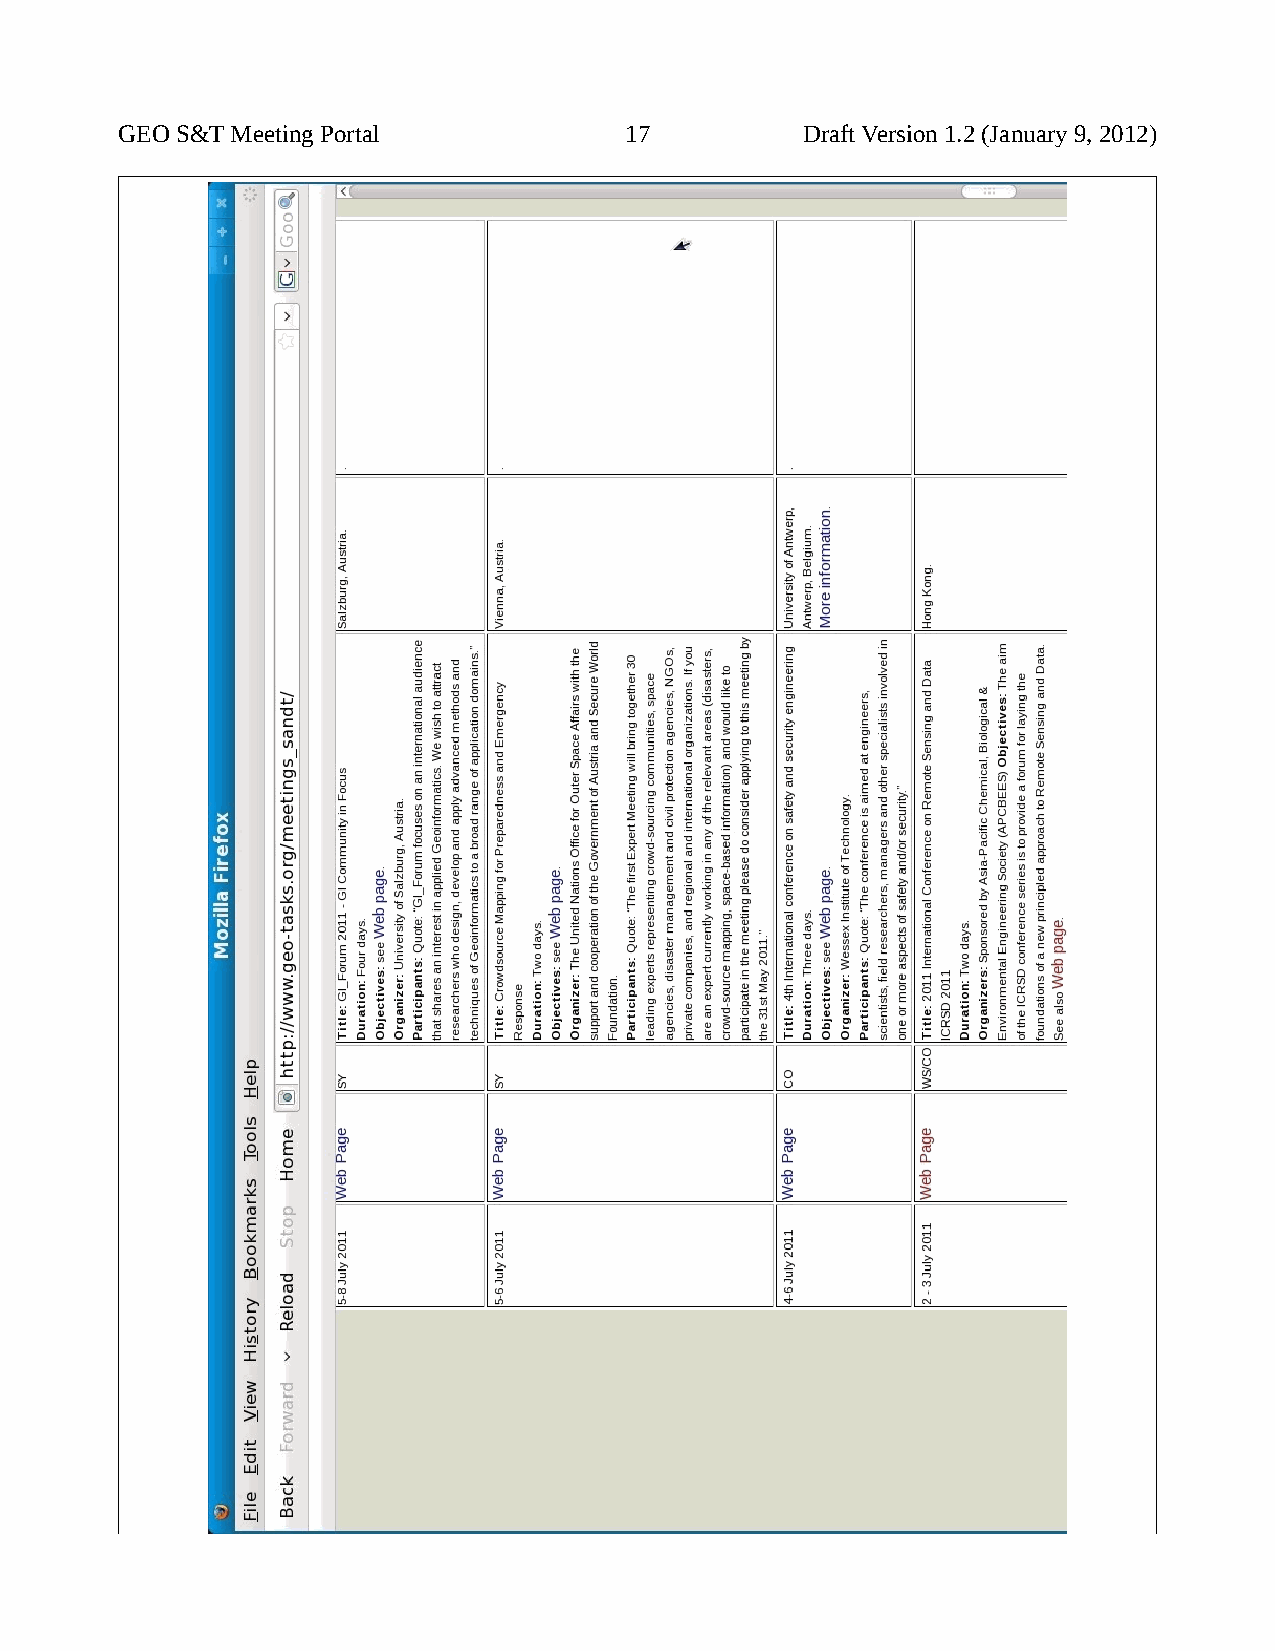
GEO S&T Meeting Portal           17          Draft Version 1.2 (January 9, 2012)